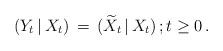
LaTeX: \begin{align*} ( Y_{t} \, \vert \, X_{t}) \, =\, ( \widetilde{X}_{t}\, \vert \, X_{t}) \, ; t \ge 0 \, . \end{align*}